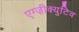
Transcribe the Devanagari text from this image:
एग्ज़ीक्युटिव